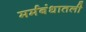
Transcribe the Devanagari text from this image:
मर्मबंधातली